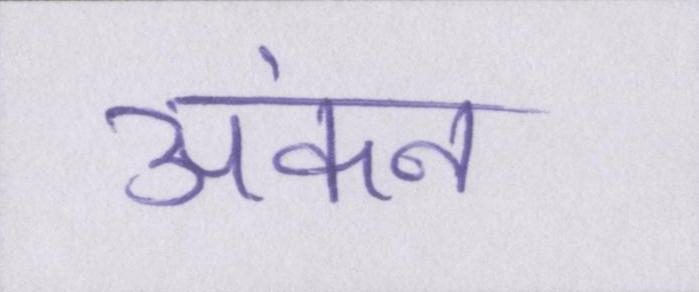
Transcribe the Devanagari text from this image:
अंकन